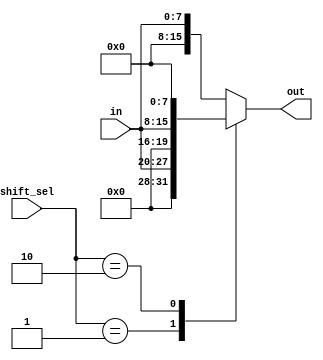
`timescale 1ns / 1ns

module shifter(

 output reg [15:0] out,
 input [7:0] in,
 input [1:0] shift_sel
);

always @ (shift_sel)
 begin
  case (shift_sel)
   2'b01 : out <= in <<4;
   2'b10 : out <= in <<8;
   default : out <= in;
  endcase
 end


endmodule